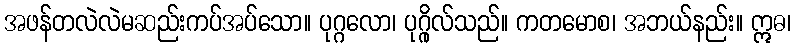
အဖန်တလဲလဲမဆည်းကပ်အပ်သော။ ပုဂ္ဂလော၊ ပုဂ္ဂိုလ်သည်။ ကတမောစ၊ အဘယ်နည်း။ ဣဓ၊